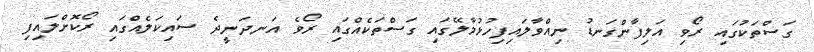
ގަސްތަކުގައި ރޯވި އަލިފާންގަނޑު ނިއްވާލައިފިހުޅުމާލޭގައި ގަސްތަކެއްގައި ރޯވެ އަނދަނީދެ ސައިކަލެއްގައި ރޯކޮށްލައިފި